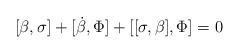
LaTeX: \begin{align*}[\beta,\sigma] + [\dot{\beta},\Phi] + [[\sigma,\beta],\Phi] =0\end{align*}